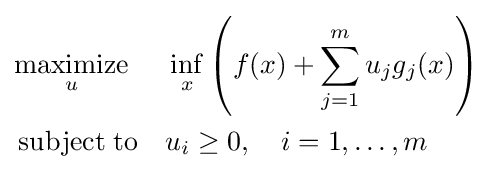
{\begin{aligned}&{\underset {u}{\operatorname {maximize} }}&&\inf _{x}\left(f(x)+\sum _{j=1}^{m}u_{j}g_{j}(x)\right)\\&\operatorname {subject\;to} &&u_{i}\geq 0,\quad i=1,\ldots ,m\end{aligned}}